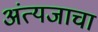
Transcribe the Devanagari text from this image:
अंत्यजाचा